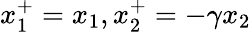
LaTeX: x_{1}^{+}=x_{1},x_{2}^{+}=-\gamma x_{2}